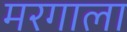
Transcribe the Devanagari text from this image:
मरगाला